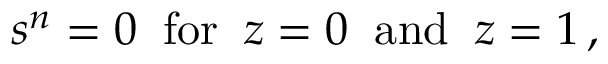
s ^ { n } = 0 \; \; \mathrm { f o r } \; \; z = 0 \; \; \mathrm { a n d } \; \; z = 1 \, ,